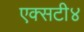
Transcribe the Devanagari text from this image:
एक्सटी४